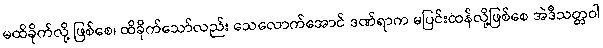
မထိခိုက်လို့ ဖြစ်စေ၊ ထိခိုက်သော်လည်း သေလောက်အောင် ဒဏ်ရာက မပြင်းထန်လို့ဖြစ်စေ အဲဒီသတ္တဝါ